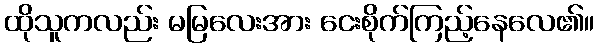
ထိုသူကလည်း မမြလေးအား ငေးစိုက်ကြည့်နေလေ၏။